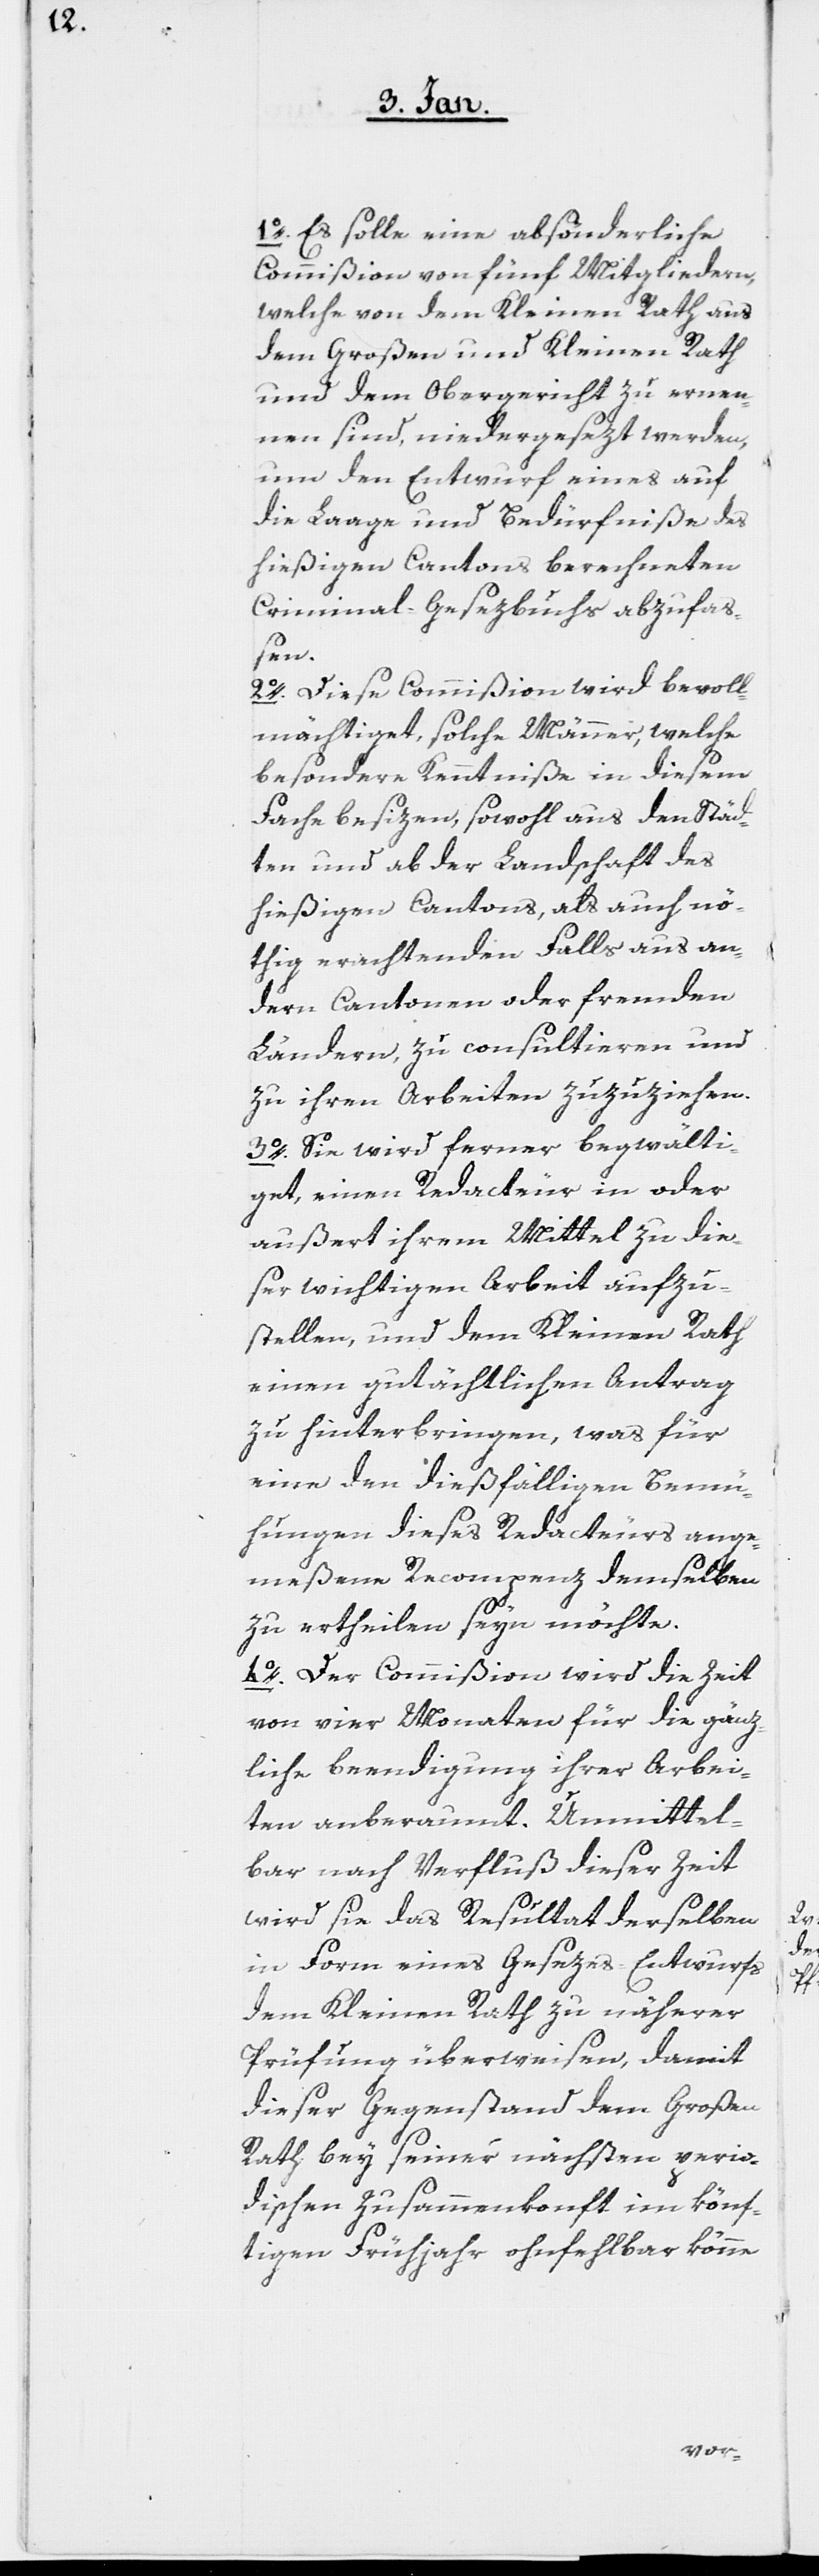
1o. Es solle eine absönderliche
Commißion von fünf Mitgliedern,
welche von dem Kleinen Rath aus
dem Großen und Kleinen Rath
und dem Obergericht zu ernen¬
nen sind, niedergesezt werden,
um den Entwurf eines auf
die Laage und Bedürfniße des
hießigen Cantons berechneten
Criminal-Gesezbuchs abzufa¬
ßen.
2o. Diese Commißion wird bevoll¬
mächtiget, solche Männer, welche
besondere Kenntniße in diesem
Fache besizen, sowohl aus den Städ¬
ten oder ab der Landschaft des
hießigen Cantons, als auch nö¬
thig erachtenden Falls aus an¬
dern Cantonen oder fremden
Ländern, zu consultieren und
zu ihren Arbeiten zuzuziehen.
3o. Sie wird ferner begwälti¬
get, einen Redacteur in oder
außert ihrem Mittel zu die¬
ser wichtigen Arbeit aufzu¬
stellen, und dem Kleinen Rath
einen gutächtlichen Antrag
zu hinterbringen, was für
eine den dießfälligen Bemühun¬
angemeßene Recompenz demselben
zu ertheilen seyn möchte.
4o. Der Commißion wird die Zeit
von vier Monaten für die gänz¬
liche Beendigung ihrer Arbei¬
ten anberaumt. Unmittel¬
bar nach Verfluß dieser Zeit
wird sie das Resultat derselben
in Form eines Gesezes-Entwurfs
dem Kleinen Rath zu näherer
Prüfung überweisen, damit
dieser Gegenstand dem Großen
Rath bey seiner nächsten perio¬
dischen Zusammenkonft im könf¬
tigen Frühjahr ohnfehlbar könne
gen